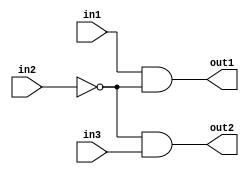
module single_branch_propagation(in1, in2, in3, out1, out2);

input in1, in2, in3;
output out1, out2;

not NOT1 (w3, in2);
and AND1 (out1, in1, w3);
and AND2 (out2, w3, in3);

endmodule